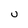
Character: U